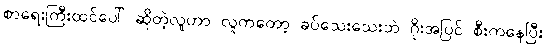
စာရေးကြီးထင်ပေါ် ဆိုတဲ့လူဟာ လူကတော့ ခပ်သေးသေးဘဲ ဂိုးအပြင် စီးကနေပြီး